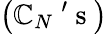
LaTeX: \left(\mathbb{C}_{N}\mathrm{{~'~s~}}\right)